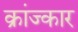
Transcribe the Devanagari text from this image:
क्रांज्कार